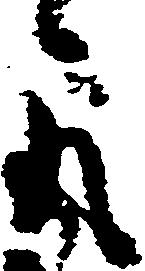
取